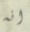
انه